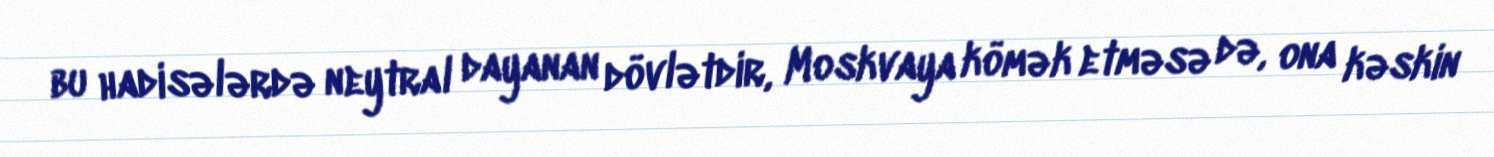
bu hadisələrdə neytral dayanan dövlətdir, Moskvaya kömək etməsə də, ona kəskin